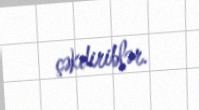
çəkdiriblər.